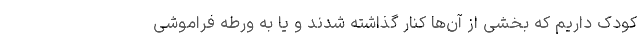
کودک داریم که بخشی از آن‌ها کنار گذاشته شدند و یا به ورطه فراموشی